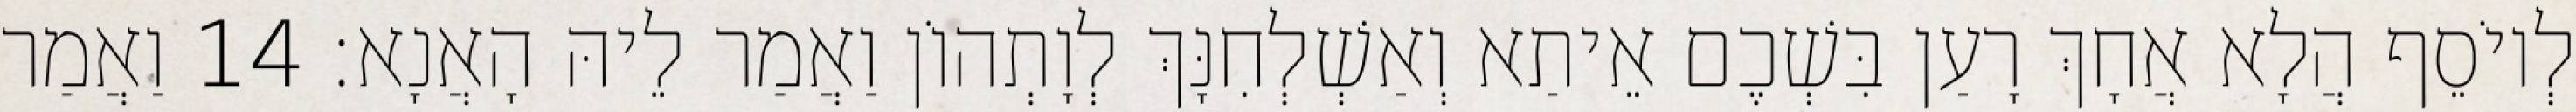
לְיוֹסֵף הֲלָא אֲחָךְ רָעַן בִּשְׁכֶם אֵיתַא וְאַשְׁלְחִנָּךְ לְוָתְהוֹן וַאֲמַר לֵיהּ הָאֲנָא׃ 14 וַאֲמַר